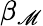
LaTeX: \beta_{\mathscr{M}}